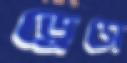
ড্রেসে